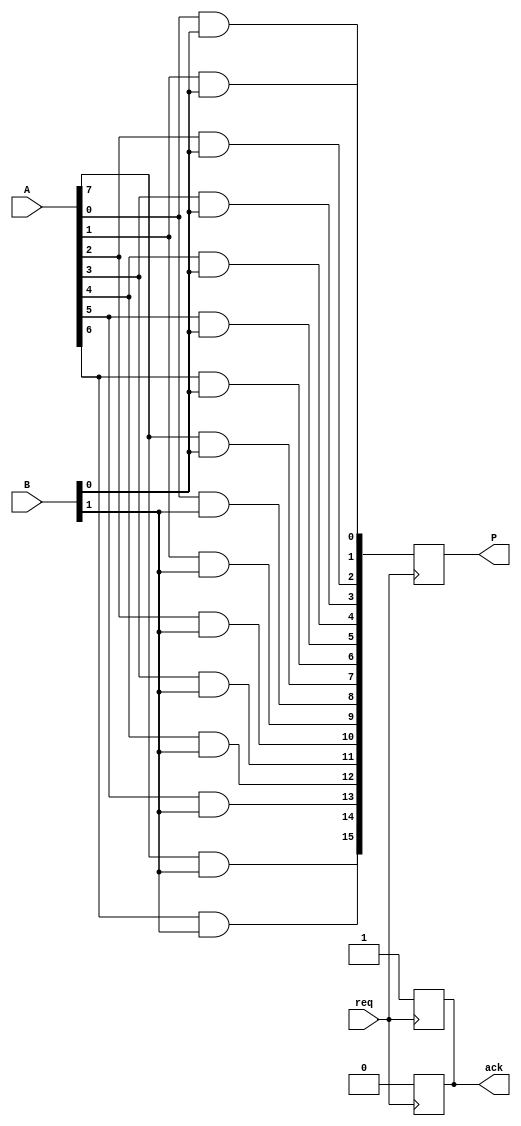
module Async_Wallace_Tree_Multiplier #(parameter N = 8, M = 8) (
    input  wire [N-1:0] A,        // Operand A
    input  wire [M-1:0] B,        // Operand B
    input  wire req,              // Request signal for multiplication
    output reg [N+M-1:0] P,       // Product output
    output reg ack                // Acknowledge signal
);

    // Internal signals
    wire [N*M-1:0] partial_products;
    wire [N*M-1:0] stage1_sum;
    wire [N*M-1:0] stage2_sum;
    wire [N*M-1:0] final_sum;

    // Generate Partial Products
    generate
        genvar i, j;
        for (i = 0; i < M; i = i + 1) begin : pp_gen
            for (j = 0; j < N; j = j + 1) begin : pp
                assign partial_products[i * N + j] = A[j] & B[i];
            end
        end
    endgenerate

    // Wallace Tree Structure - Stage 1
    // Assuming a simple structure just for demonstration (will need full adder implementation)
    // This will need to be expanded to cover actual Wallace tree logic
    wire [N*M/2-1:0] half_adder_output;
    wire [N*M/2-1:0] carry;
    
    // Stage 1 - Combine Partial Products
    // Replace this with actual Wallace tree logic
    assign stage1_sum = partial_products;  // Simplified for demonstration

    // Wallace Tree Structure - Stage 2
    // Again, this needs to be detailed with full adders and half adders
    assign stage2_sum = stage1_sum; // Simplified for demonstration

    // Final Addition Stage
    // Replace this with actual addition logic
    assign final_sum = stage2_sum; // Simplified for demonstration

    always @(posedge req) begin
        // Start multiplication on request
        P <= final_sum;
        ack <= 1'b1; // Acknowledge once done
    end

    always @(negedge req) begin
        // Reset acknowledge when request is deasserted
        ack <= 1'b0;
    end

endmodule